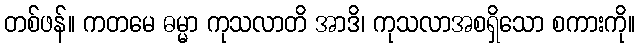
တစ်ဖန်။ ကတမေ ဓမ္မာ ကုသလာတိ အာဒိ၊ ကုသလာအစရှိသော စကားကို။